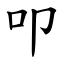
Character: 叩